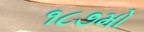
૧૮૭મો